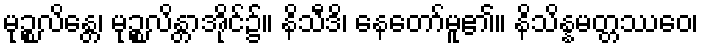
မုဉ္စလိန္တေ၊ မုဉ္စလိန္တာအိုင်၌။ နိသီဒိ၊ နေတော်မူ၏။ နိသိန္နမတ္တဿေဝ၊